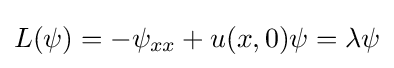
{\textstyle L(\psi )=-\psi _{xx}+u(x,0)\psi =\lambda \psi }